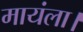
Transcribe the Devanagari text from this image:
मायंला।